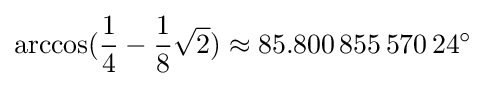
\arccos({\frac {1}{4}}-{\frac {1}{8}}{\sqrt {2}})\approx 85.800\,855\,570\,24^{\circ }